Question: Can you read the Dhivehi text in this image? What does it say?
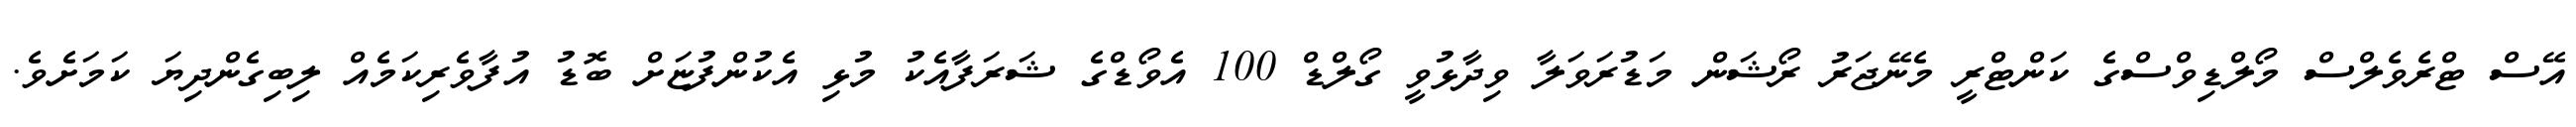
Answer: އޭސް ޓްރެވެލްސް މޯލްޑިވްސްގެ ކަންޓްރީ މެނޭޖަރު ރޯޝަން މަޑުރަވަލާ ވިދާޅުވީ ގޯލްޑް 100 އެވޯޑްގެ ޝަރަފާއެކު މުޅި އެކުންފުޏަށް ބޮޑު އުފާވެރިކަމެއް ލިބިގެންދިޔަ ކަމަށެވެ.